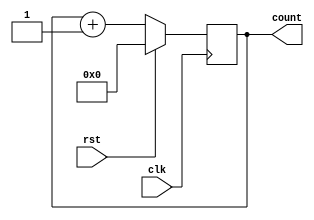
module counter (
    input wire clk,
    input wire rst,
    output reg [7:0] count
);

// Registers to store current count value
reg [7:0] current_count;

// Incrementing block
always @(posedge clk) begin
    if (rst) begin
        current_count <= 8'b0;
    end else begin
        current_count <= current_count + 1;
    end
end

// Output assignment
assign count = current_count;

endmodule